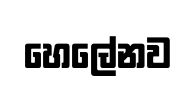
හෙලේනව